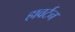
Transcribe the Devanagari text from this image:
हावर्टन